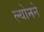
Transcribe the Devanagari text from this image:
ल्योनने